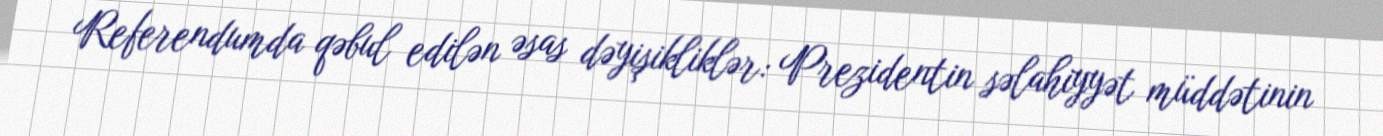
Referendumda qəbul edilən əsas dəyişikliklər: Prezidentin səlahiyyət müddətinin